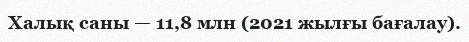
Халық саны — 11,8 млн (2021 жылғы бағалау).